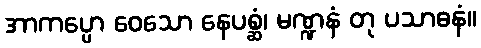
အာကပ္ပော ဝေသော နေပစ္ဆံ၊ မဏ္ဍနံ တု ပသာဓနံ။